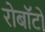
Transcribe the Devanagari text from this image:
रोबॉटो